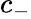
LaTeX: c_{-}